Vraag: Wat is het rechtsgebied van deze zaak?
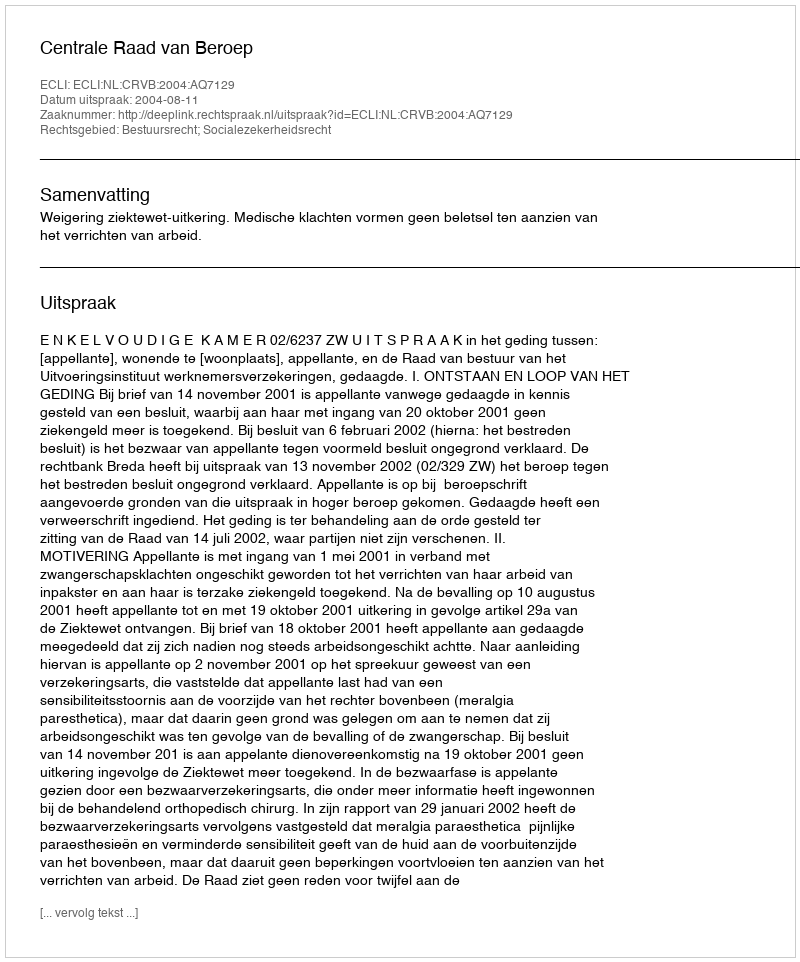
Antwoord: Bestuursrecht; Socialezekerheidsrecht